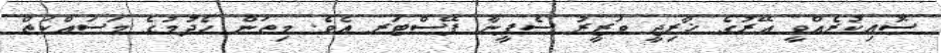
ސޮއިކުރެއްވީ އޭރުގެ ޚާރިޖީ ވަޒީރު ސެޕީނާ ޕޭސްޓަރ އެވެ. މިތަން ހެދުމުގެ މަސައްކަތް